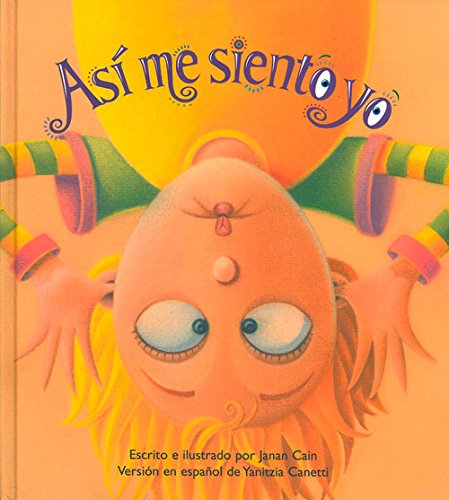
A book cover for AsÃ­ me siento yo (Spanish Edition); Janan Cain; Health, Fitness & Dieting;